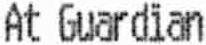
AT GUARDIAN